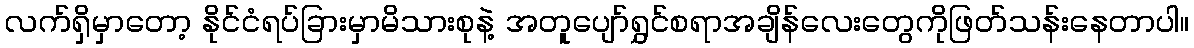
လက်ရှိမှာတော့ နိုင်ငံရပ်ခြားမှာမိသားစုနဲ့ အတူပျော်ရွှင်စရာအချိန်လေးတွေကိုဖြတ်သန်းနေတာပါ။